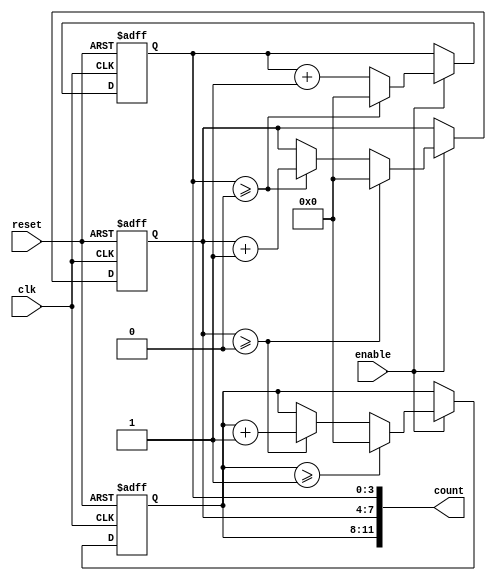
module mixed_radix_counter #(
    parameter STAGE_COUNT = 3,           // Number of stages
    parameter [STAGE_COUNT-1:0] RADIXES = {4'd2, 4'd3, 4'd4} // Example: {2, 3, 4}
)(
    input wire clk,
    input wire reset,                     // Asynchronous reset
    input wire enable,                    // Enable signal
    output reg [(STAGE_COUNT*4)-1:0] count // Output count in mixed-radix format
);

    // Internal registers to hold the counts for each stage
    reg [3:0] stage_count [0:STAGE_COUNT-1];

    // Initialize the stage counts
    integer i;
    always @(posedge clk or posedge reset) begin
        if (reset) begin
            for (i = 0; i < STAGE_COUNT; i = i + 1) begin
                stage_count[i] <= 0;
            end
        end else if (enable) begin
            // Increment the least significant stage
            stage_count[0] <= stage_count[0] + 1;

            // Handle carry logic
            for (i = 0; i < STAGE_COUNT; i = i + 1) begin
                if (stage_count[i] >= RADIXES[i]) begin
                    stage_count[i] <= 0; // Reset this stage
                    if (i < STAGE_COUNT - 1) begin
                        stage_count[i + 1] <= stage_count[i + 1] + 1; // Carry to next stage
                    end
                end
            end
        end
    end

    // Combine counts into the output
    always @* begin
        count = 0;
        for (i = 0; i < STAGE_COUNT; i = i + 1) begin
            count[(i*4)+:4] = stage_count[i]; // Assign each stage's count to the appropriate bits
        end
    end

endmodule